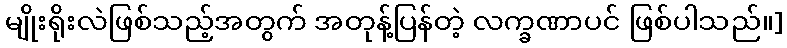
မျိုးရိုးလဲဖြစ်သည့်အတွက် အတုန့်ပြန်တဲ့ လက္ခဏာပင် ဖြစ်ပါသည်။]